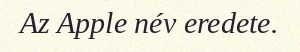
Az Apple név eredete.